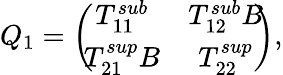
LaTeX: Q_{1}=\left(\! \! \begin{array}{cc}{T_{11}^{sub}}&{T_{12}^{sub}B}\\ {T_{21}^{sup}B}&{T_{22}^{sup}}\end{array}\! \! \right),